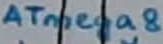
Text: ATmega8